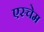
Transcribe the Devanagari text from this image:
एस्चेम